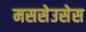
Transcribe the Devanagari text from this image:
मससेउसेस